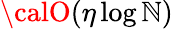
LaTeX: {\calO}(\eta\log\mathbb{N})